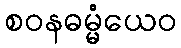
စဝနဓမ္မံယေဝ